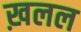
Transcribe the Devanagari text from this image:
ख़लल